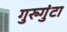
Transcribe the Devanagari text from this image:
गुरुगुंटा